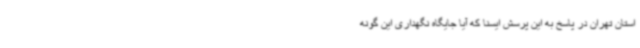
استان تهران در پاسخ به این پرسش ایسنا که آیا جایگاه نگهداری این گونه